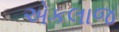
એકલાજ